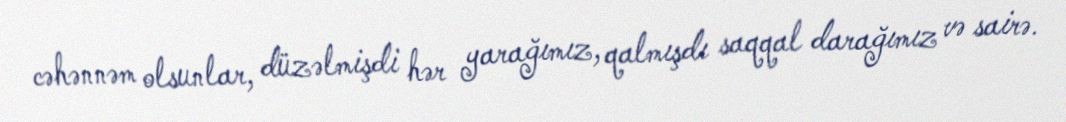
cəhənnəm olsunlar, düzəlmişdi hər yarağımız, qalmışdı saqqal darağımız və sairə.